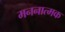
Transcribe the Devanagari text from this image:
मननात्मक